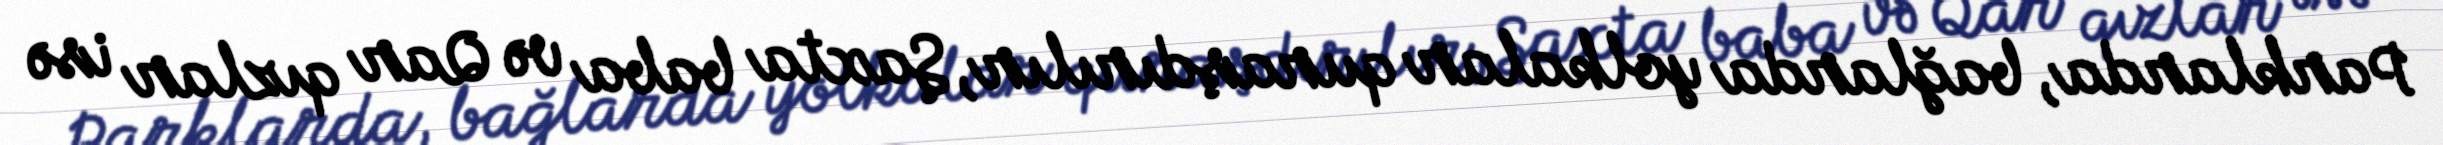
Parklarda, bağlarda yolkalar quraşdırılır, Şaxta baba və Qar qızlar isə